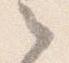
之